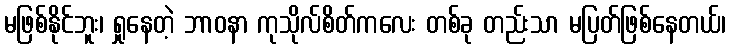
မဖြစ်နိုင်ဘူး၊ ရှုနေတဲ့ ဘာဝနာ ကုသိုလ်စိတ်ကလေး တစ်ခု တည်းသာ မပြတ်ဖြစ်နေတယ်၊